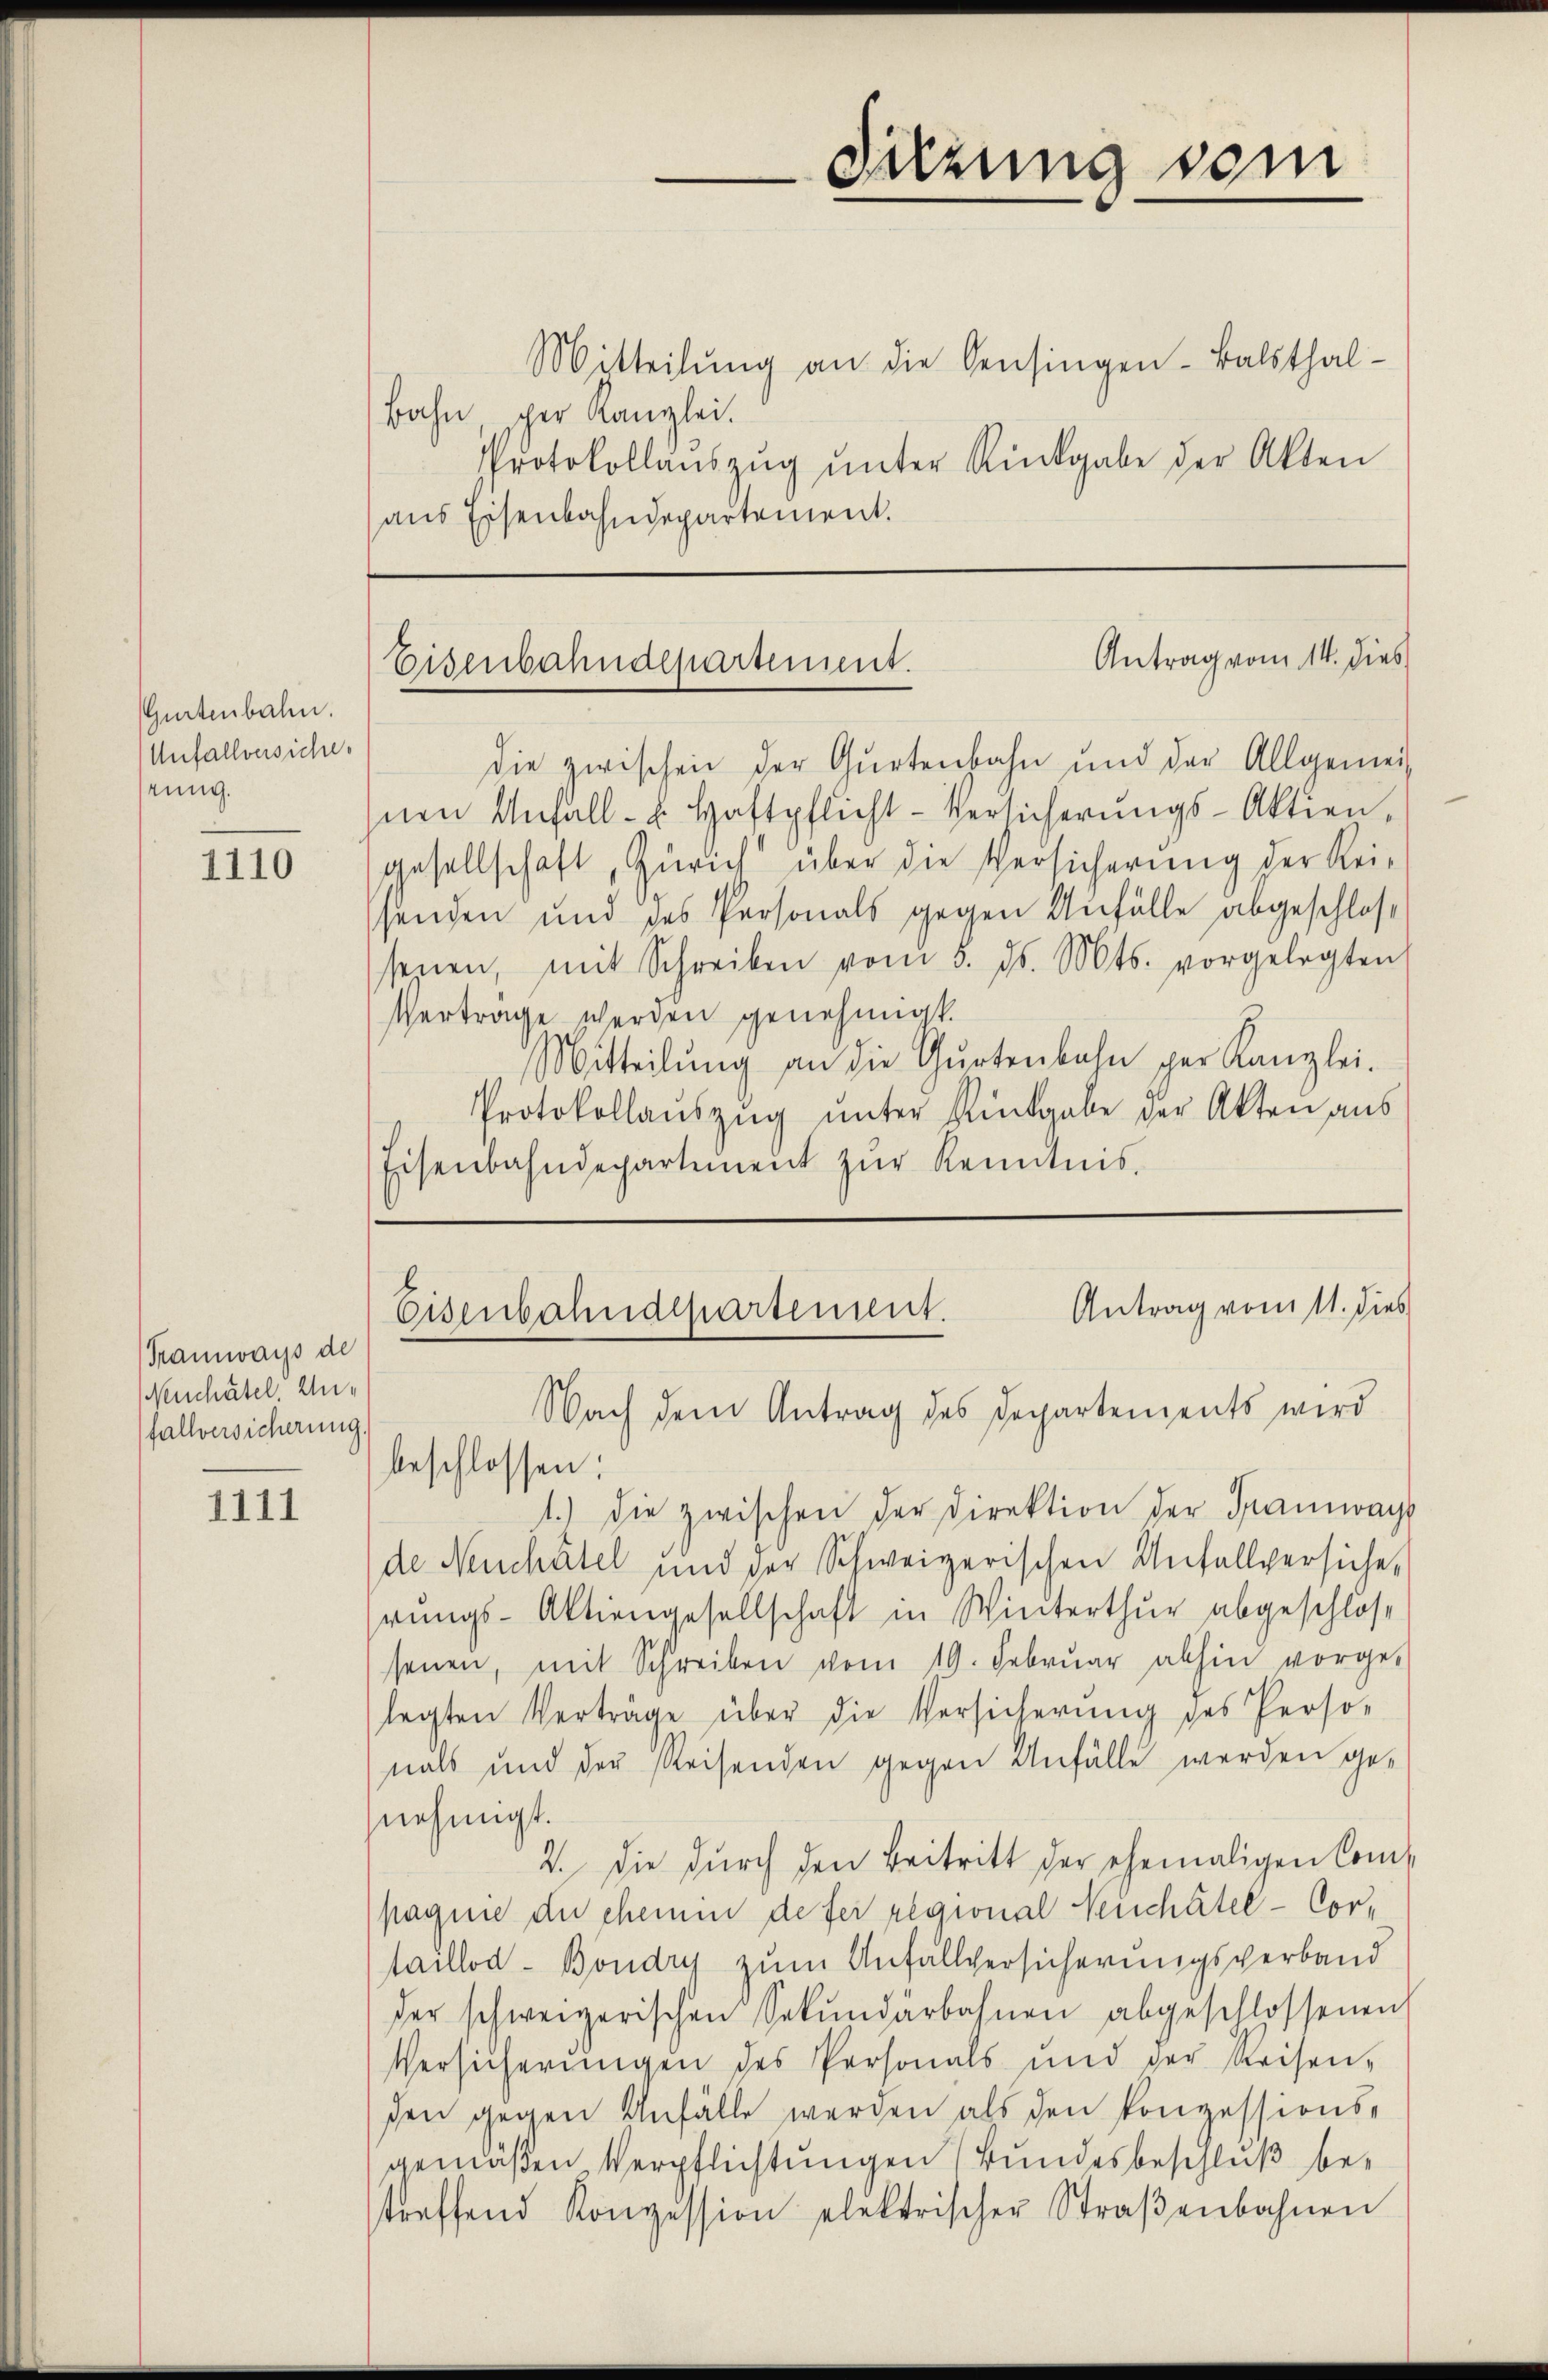
Gurtenbahn.
Unfallversiche
stung.

1110

1111

Tramways de
(Neuchatel zufallversicherung.

Mitteilung an die Sensingen-Balsthal¬
Bahn scher Kanzlei.
Protokollaŭszŭg ŭnter Rückgabe der Akten
aus Eisenbahndepartement.

Antrag vom 14. dies
Eisenbahndepartement.

die zwischen der Gurtenbahn und der Allgemein
nen Unfall- u. Haftpflicht-Versicherungs-Aktien
gesellschaft, Zürich über die Versicherung der Reisenden und des Personals gegen Anfälle abgeschlossenen, mit Schreiben vom 5. ds. Mts. vorgelegten
Vertrage werden genehmigt.
Mitteilung an die Gurtenbahn per Kanzlei-
Protokollaŭszŭg ŭnter Rückgabe der Akten aus
Eisenbahndepartement zŭr Kenntnis.

Sitzung vom

Antrag vom 11. dies
Eisenbahndepartement.
Nach dem Antrag des Departements wird

1.) die zwischen der Direktion der Tramways
de Neuchâtel und der Schweizerischen Anfallversiche,
rungs-Aktiengesellschaft in Winterthur abgeschloss
senen, mit Schreiben vom 19. Febrŭar abhin vorge-
legten Verträge über die Versicherung des Perso-
nals und der Reisenden gegen Unfälle werden ge-
nehmigt.
2. Die dŭrch den Beitritt der ehemaligen Compagnie du ehemm defer regional Neuchâtel - Cortaillod-Bondry zum Anfallversicherungsverband
der schweizerischen Sekundärbahnen abgeschlossenen
Versicherungen des Personals und der Reisen-
den gegen Unfälle werden als den konzessionsgemäßen Verpflichtungen (Bundesbeschluß betreffend Konzession elektrischer Straβenbahnen

beschlossen: